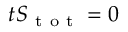
\d _ { t } S _ { \mathrm { ~ t ~ o ~ t ~ } } = 0